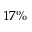
1 7 \%